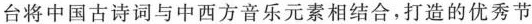
台将中国古诗词与中西方音乐元素相结合，打造的优秀节